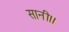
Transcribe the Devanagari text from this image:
सानी।।